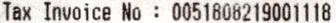
TAX INVOICE NO : 0051808219001118